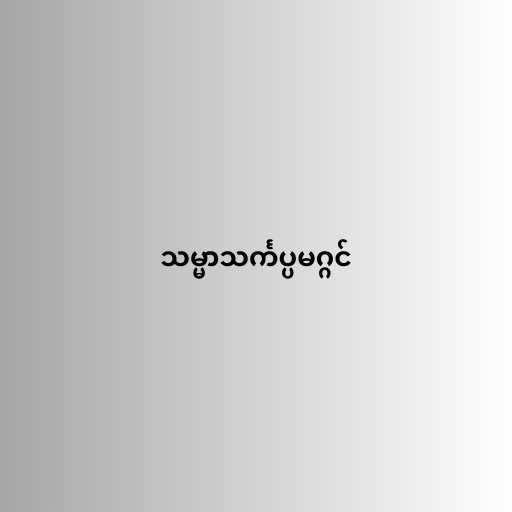
သမ္မာသင်္ကပ္ပမဂ္ဂင်